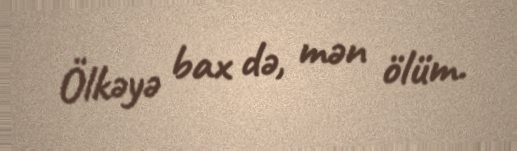
Ölkəyə bax də, mən ölüm.